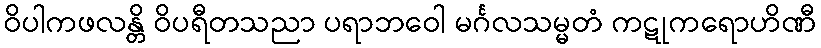
ဝိပါကဖလန္တိ ဝိပရီတသညာ ပရာဘဝေါ မင်္ဂလသမ္မတံ ကဋုကရောဟိဏီ